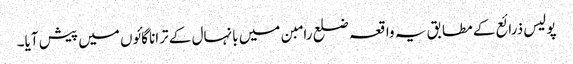
پولیس ذرائع کے مطابق یہ واقعہ ضلع رامبن میں بانہال کے ترانا گائوں میں پیش آیا۔